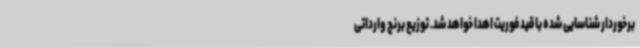
‌برخوردار شناسایی شده با قید فوریت اهدا خواهد شد. توزیع برنج وارداتی